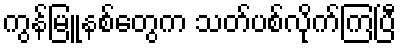
ကွန်မြူနစ်တွေက သတ်ပစ်လိုက်ကြပြီ